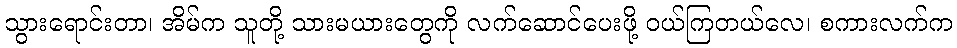
သွားရောင်းတာ၊ အိမ်က သူတို့ သားမယားတွေကို လက်ဆောင်ပေးဖို့ ဝယ်ကြတယ်လေ၊ စကားလက်က